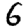
Digit: 6